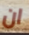
ان